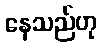
နေသည်ဟု